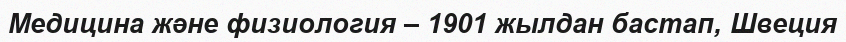
Медицина және физиология – 1901 жылдан бастап, Швеция